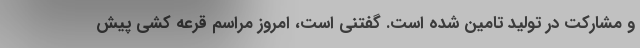
و مشارکت در تولید تامین شده است. گفتنی است، امروز مراسم قرعه کشی پیش